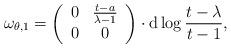
LaTeX: \begin{align*}\omega_{\theta,1}=\left(\begin{array}{cc}0 & \frac{t-a}{\lambda-1}\\0 & 0\\\end{array}\right)\cdot\mathrm{d}\log\frac{t-\lambda}{t-1},\end{align*}